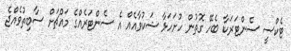
ޓެކްސީ ސެންޓަރަކާ ބެހޭ ގޮތުން ހުށަހަޅާ ޝަކުވާއެއް އެ ސެންޓަރެއްގެ މައްޗަށް ސާބިތުވެއްޖެ